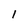
Character: 1